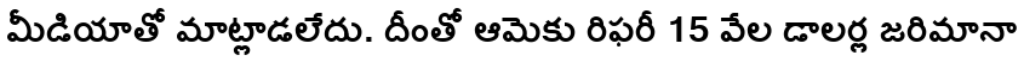
మీడియాతో మాట్లాడలేదు. దీంతో ఆమెకు రిఫరీ 15 వేల డాలర్ల జరిమానా